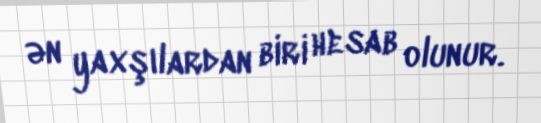
ən yaxşılardan biri hesab olunur.